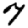
Digit: 7